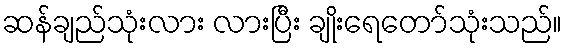
ဆန်ချည်သုံးလား လားပြီး ချိုးရေတော်သုံးသည်။